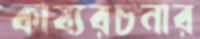
কাব্যরচনার